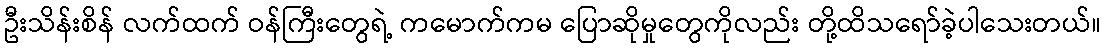
ဦးသိန်းစိန် လက်ထက် ဝန်ကြီးတွေရဲ့ ကမောက်ကမ ပြောဆိုမှုတွေကိုလည်း တို့ထိသရော်ခဲ့ပါသေးတယ်။